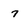
Character: 7